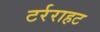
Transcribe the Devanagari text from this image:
टर्रराहट